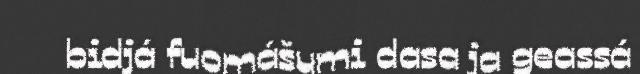
bidjá fuomášumi dasa ja geassá